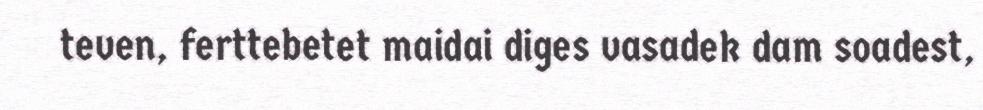
teven, ferttebetet maidai diges vasadek dam soadest,